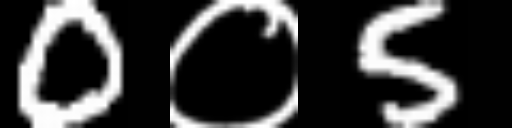
Text: 0०5